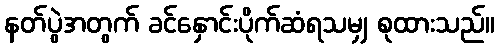
နတ်ပွဲအတွက် ခင်နှောင်းပိုက်ဆံရသမျှ စုထားသည်။